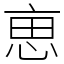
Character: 𠅤